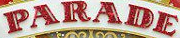
PARADE